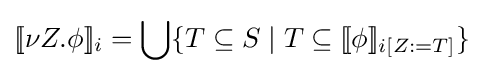
[\![\nu Z.\phi ]\!]_{i}=\bigcup \{T\subseteq S\mid T\subseteq [\![\phi ]\!]_{i[Z:=T]}\}